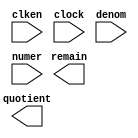
module perspective_divide (
	clken,
	clock,
	denom,
	numer,
	quotient,
	remain);

	input	  clken;
	input	  clock;
	input	[16:0]  denom;
	input	[16:0]  numer;
	output	[16:0]  quotient;
	output	[16:0]  remain;

endmodule